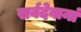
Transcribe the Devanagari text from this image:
सर्वदेवानां